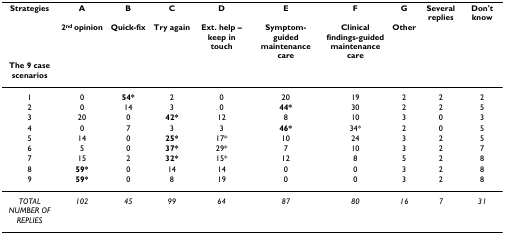
<table><thead><tr><td><b>Strategies</b></td><td><b>A </b></td><td><b>B </b></td><td><b>C </b></td><td><b>D </b></td><td><b>E </b></td><td><b>F </b></td><td><b>G </b></td><td><b>Several replies</b></td><td><b>Don&#x27;t know</b></td></tr><tr><td></td><td><b>2<sup>nd </sup>opinion</b></td><td><b>Quick-fix</b></td><td><b>Try again</b></td><td><b>Ext. help – keep in touch</b></td><td><b>Symptom-guided maintenance care</b></td><td><b>Clinical findings-guided maintenance care</b></td><td><b>Other</b></td><td></td><td></td></tr><tr><td><b>The 9 case scenarios</b></td><td></td><td></td><td></td><td></td><td></td><td></td><td></td><td></td><td></td></tr></thead><tbody><tr><td>1</td><td>0</td><td><b>54*</b></td><td>2</td><td>0</td><td>20</td><td>19</td><td>2</td><td>2</td><td>2</td></tr><tr><td>2</td><td>0</td><td>14</td><td>3</td><td>0</td><td><b>44*</b></td><td>30</td><td>2</td><td>2</td><td>5</td></tr><tr><td>3</td><td>20</td><td>0</td><td><b>42*</b></td><td>12</td><td>8</td><td>10</td><td>3</td><td>0</td><td>3</td></tr><tr><td>4</td><td>0</td><td>7</td><td>3</td><td>3</td><td><b>46*</b></td><td>34*</td><td>2</td><td>0</td><td>5</td></tr><tr><td>5</td><td>14</td><td>0</td><td><b>25*</b></td><td>17*</td><td>10</td><td>24</td><td>3</td><td>2</td><td>5</td></tr><tr><td>6</td><td>5</td><td>0</td><td><b>37*</b></td><td>29*</td><td>7</td><td>10</td><td>3</td><td>2</td><td>7</td></tr><tr><td>7</td><td>15</td><td>2</td><td><b>32*</b></td><td>15*</td><td>12</td><td>8</td><td>5</td><td>2</td><td>8</td></tr><tr><td>8</td><td><b>59*</b></td><td>0</td><td>14</td><td>14</td><td>0</td><td>0</td><td>3</td><td>2</td><td>8</td></tr><tr><td>9</td><td><b>59*</b></td><td>0</td><td>8</td><td>19</td><td>0</td><td>0</td><td>3</td><td>2</td><td>8</td></tr><tr><td><i>TOTAL NUMBER OF REPLIES</i></td><td><i>102</i></td><td><i>45</i></td><td><i>99</i></td><td><i>64</i></td><td><i>87</i></td><td><i>80</i></td><td><i>16</i></td><td><i>7</i></td><td><i>31</i></td></tr></tbody></table>